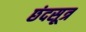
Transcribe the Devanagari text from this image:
छंदसूत्र